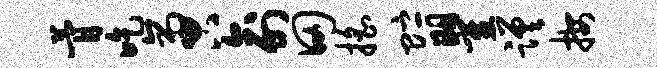
瞢吃啻俞田摇贮瞿蹉按